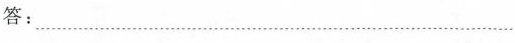
答：……